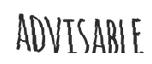
ADVISABLE